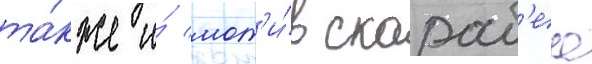
та́кже и́ мот'и́в скараб'еа